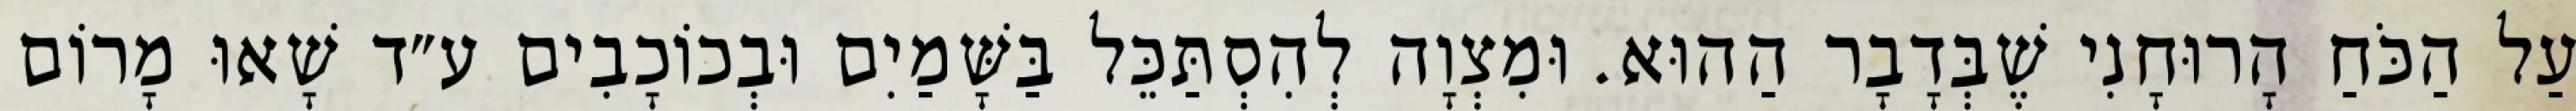
עַל הַכֹּחַ הָרוּחָנִי שֶׁבְּדָבָר הַהוּא. וּמִצְוָה לְהִסְתַּכֵּל בַּשָּׁמַיִם וּבְכוֹכָבִים ע״ד שָׁאוּ מָרוֹם